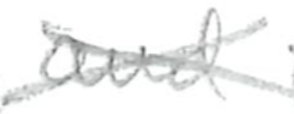
Text: and
Cross-out: cross
Writing tool: pencil